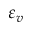
\varepsilon _ { v }